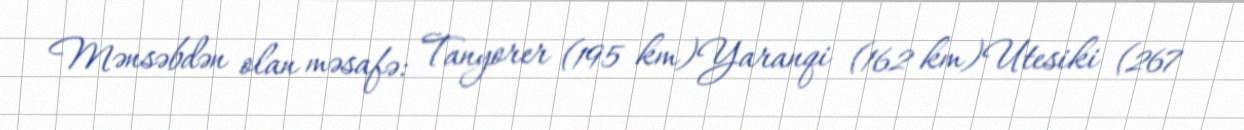
Mənsəbdən olan məsafə: Tanyorer (195 km)Yaranqi (162 km)Utesiki (267